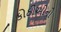
કોઠીઓનો